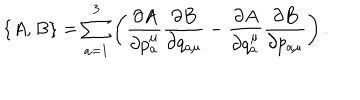
\{ A , B \} = \sum _ { a = 1 } ^ { 3 } \left( \frac { \partial A } { \partial { p _ { a } ^ { \mu } } } \frac { \partial B } { \partial { q _ { a \mu } } } - \frac { \partial A } { \partial { q _ { a } ^ { \mu } } } \frac { \partial B } { \partial { p _ { a \mu } } } \right) .